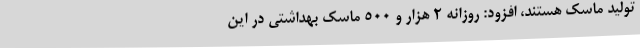
تولید ماسک هستند، افزود: روزانه 2 هزار و 500 ماسک بهداشتی در این